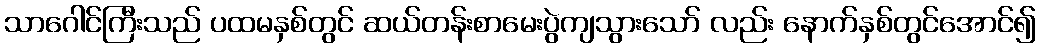
သာဂေါင်ကြီးသည် ပထမနှစ်တွင် ဆယ်တန်းစာမေးပွဲကျသွားသော် လည်း နောက်နှစ်တွင်အောင်၍